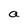
Character: a